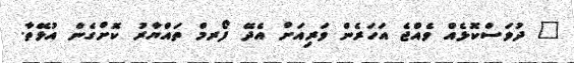
" ދުވަސްކޮޅެއް ވެއްޖެ އަހަރެން ވަރިއަށް އެދޭ ފޯރމް ތައްޔާރު ކޮށްގެން އުޅޭތާ.